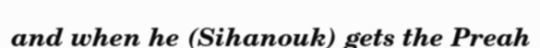
and when he (Sihanouk) gets the Preah